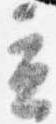
立